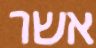
אשר